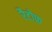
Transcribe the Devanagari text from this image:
रैटोफ़